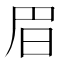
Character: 𣅩